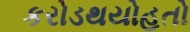
કરોડથયોહતો